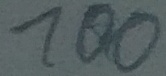
Text: 100